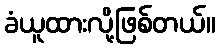
ခံယူထားလို့ဖြစ်တယ်။